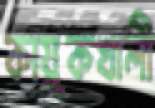
কায়ূকখালী